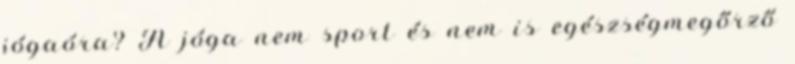
jógaóra? A jóga nem sport és nem is egészségmegőrző